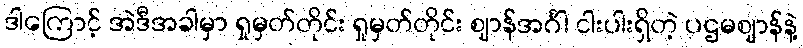
ဒါကြောင့် အဲဒီအခါမှာ ရှုမှတ်တိုင်း ရှုမှတ်တိုင်း ဈာန်အင်္ဂါ ငါးပါးရှိတဲ့ ပဌမဈာန်နဲ့